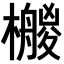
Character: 𣞡